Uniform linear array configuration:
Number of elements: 8
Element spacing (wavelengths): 0.25
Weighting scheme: exponential
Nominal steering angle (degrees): -15
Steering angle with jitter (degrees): -14.172
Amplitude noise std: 0.05
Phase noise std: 0.05

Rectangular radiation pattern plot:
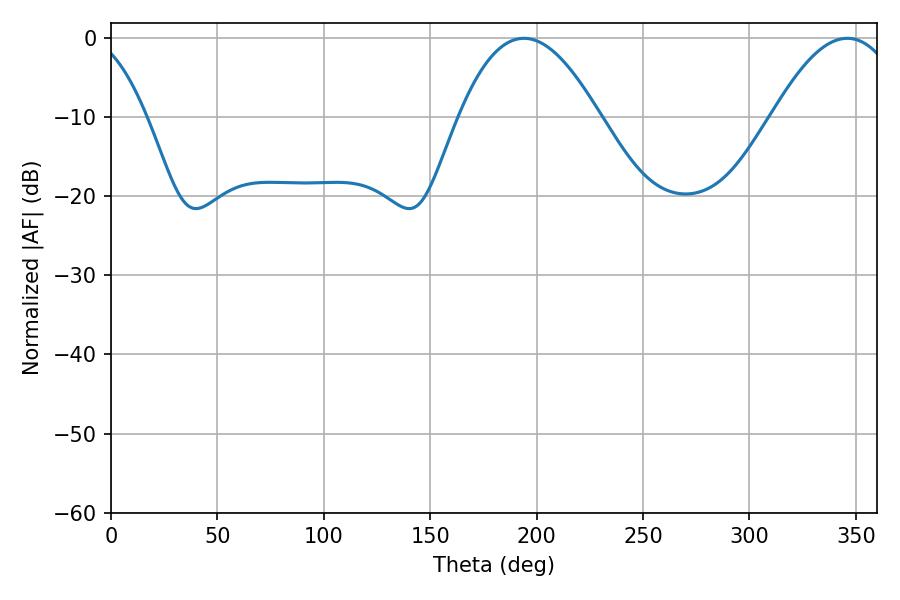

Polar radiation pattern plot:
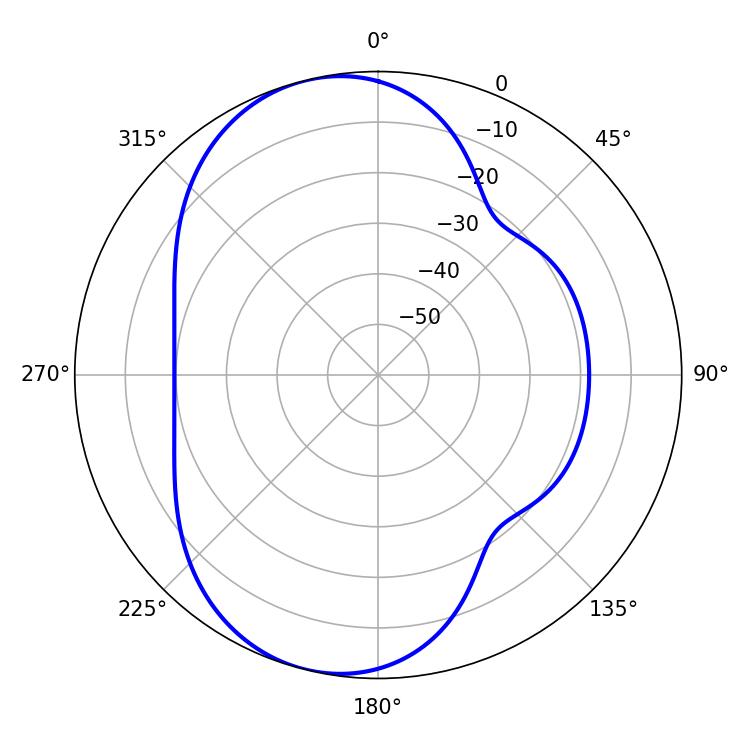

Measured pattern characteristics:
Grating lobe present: FALSE
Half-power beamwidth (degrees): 36.18
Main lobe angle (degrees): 194.04